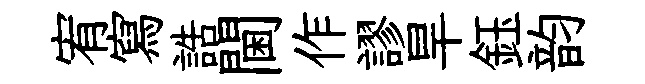
宥寫誥閫作謬旱鈺韵